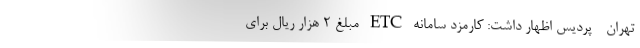
تهران - پردیس اظهار داشت: کارمزد سامانه ETC مبلغ ۲ هزار ریال برای